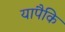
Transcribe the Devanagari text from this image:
यापैकि